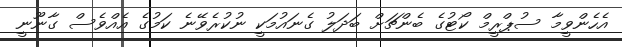
އެހެންވީމާ ސުޕްރީމް ކޯޓުގެ ބެންޗަށް ބަދަލު ގެނައުމަކީ ނުކުރެވޭނެ ކަމުގެ އެއްވެސް ގާނޫނީ